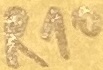
Text: R10